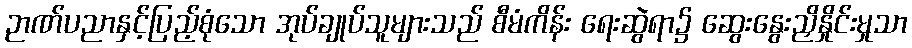
ဉာဏ်ပညာနှင့်ပြည့်စုံသော အုပ်ချုပ်သူများသည် စီမံကိန်း ရေးဆွဲရာ၌ ဆွေးနွေးညှိနှိုင်းမှုသာ